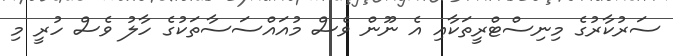
ސަރުކާރުގެ މިނިސްޓްރީތަކާއި އެ ނޫން ވެސް މުއައްސަސާތަކުގެ ހާލު ވެސް ހުރީ މި